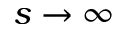
s \to \infty